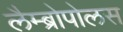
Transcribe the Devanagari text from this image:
लैम्ब्रोपोलस